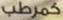
كمرطب